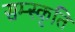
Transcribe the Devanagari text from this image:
सम्स्कृति